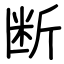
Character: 断